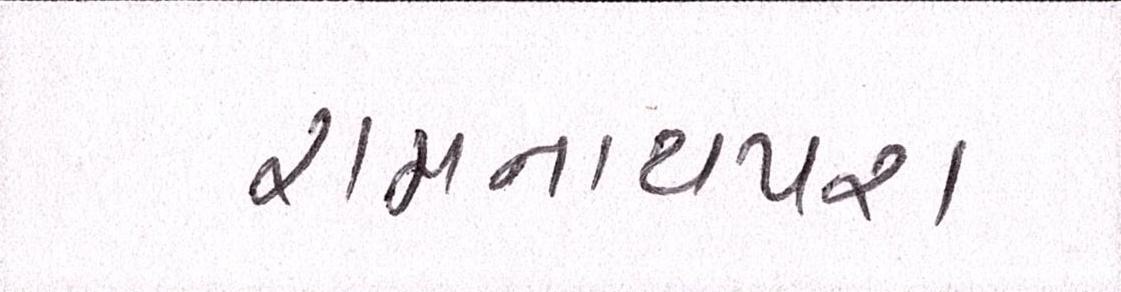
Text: રામનાથપરા